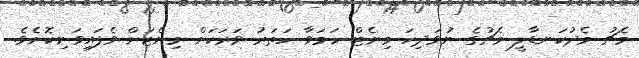
މެޗު މެދުކަނޑާލީ މެޗުގެ ނުވަދިހަ މިނެޓް ހަމަވާ ހަތަރު ވަރަކަށް މިނެޓަށް ވެފައިވަނިކޮށެވެ.